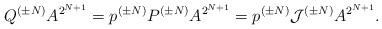
LaTeX: \begin{align*}Q^{(\pm N)} A^{2^{N+1}} =p^{(\pm N)}P^{(\pm N)} A^{2^{N+1}}= p^{(\pm N)}{\cal J}^{(\pm N)}A^{2^{N+1}} .\end{align*}